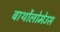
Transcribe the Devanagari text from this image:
बार्थोलोमेउस